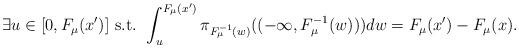
LaTeX: \begin{align*} \exists u\in[0,F_\mu(x')]\mbox{ s.t. }\int_u^{F_\mu(x')}\pi_{F_{\mu}^{-1}(w)}((-\infty,F_{\mu}^{-1}(w)))dw=F_\mu(x')-F_\mu(x). \end{align*}